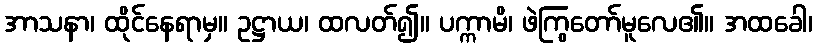
အာသနာ၊ ထိုင်နေရာမှ။ ဥဋ္ဌာယ၊ ထလတ်၍။ ပက္ကာမိ၊ ဖဲကြွတော်မူလေ၏။ အထခေါ၊